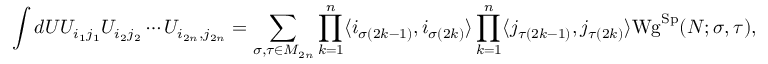
\int d U U _ { i _ { 1 } j _ { 1 } } U _ { i _ { 2 } j _ { 2 } } \cdots U _ { i _ { 2 n } , j _ { 2 n } } = \sum _ { \sigma , \tau \in M _ { 2 n } } \prod _ { k = 1 } ^ { n } \langle i _ { \sigma ( 2 k - 1 ) } , i _ { \sigma ( 2 k ) } \rangle \prod _ { k = 1 } ^ { n } \langle j _ { \tau ( 2 k - 1 ) } , j _ { \tau ( 2 k ) } \rangle \mathrm { W g } ^ { \mathrm { S p } } ( N ; \sigma , \tau ) ,